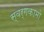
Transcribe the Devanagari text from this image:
स्वर्गकामो